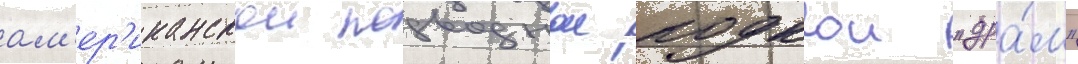
ам'ер'иканскои подводнои лодкои "дра́м"